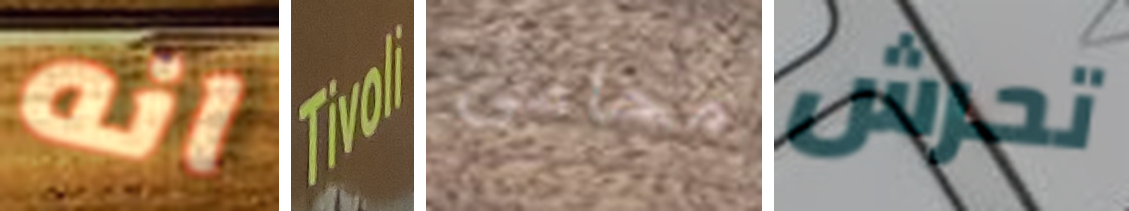
انه Tivoli محامى تحرش